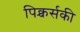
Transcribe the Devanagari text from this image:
पिक्चर्सकी